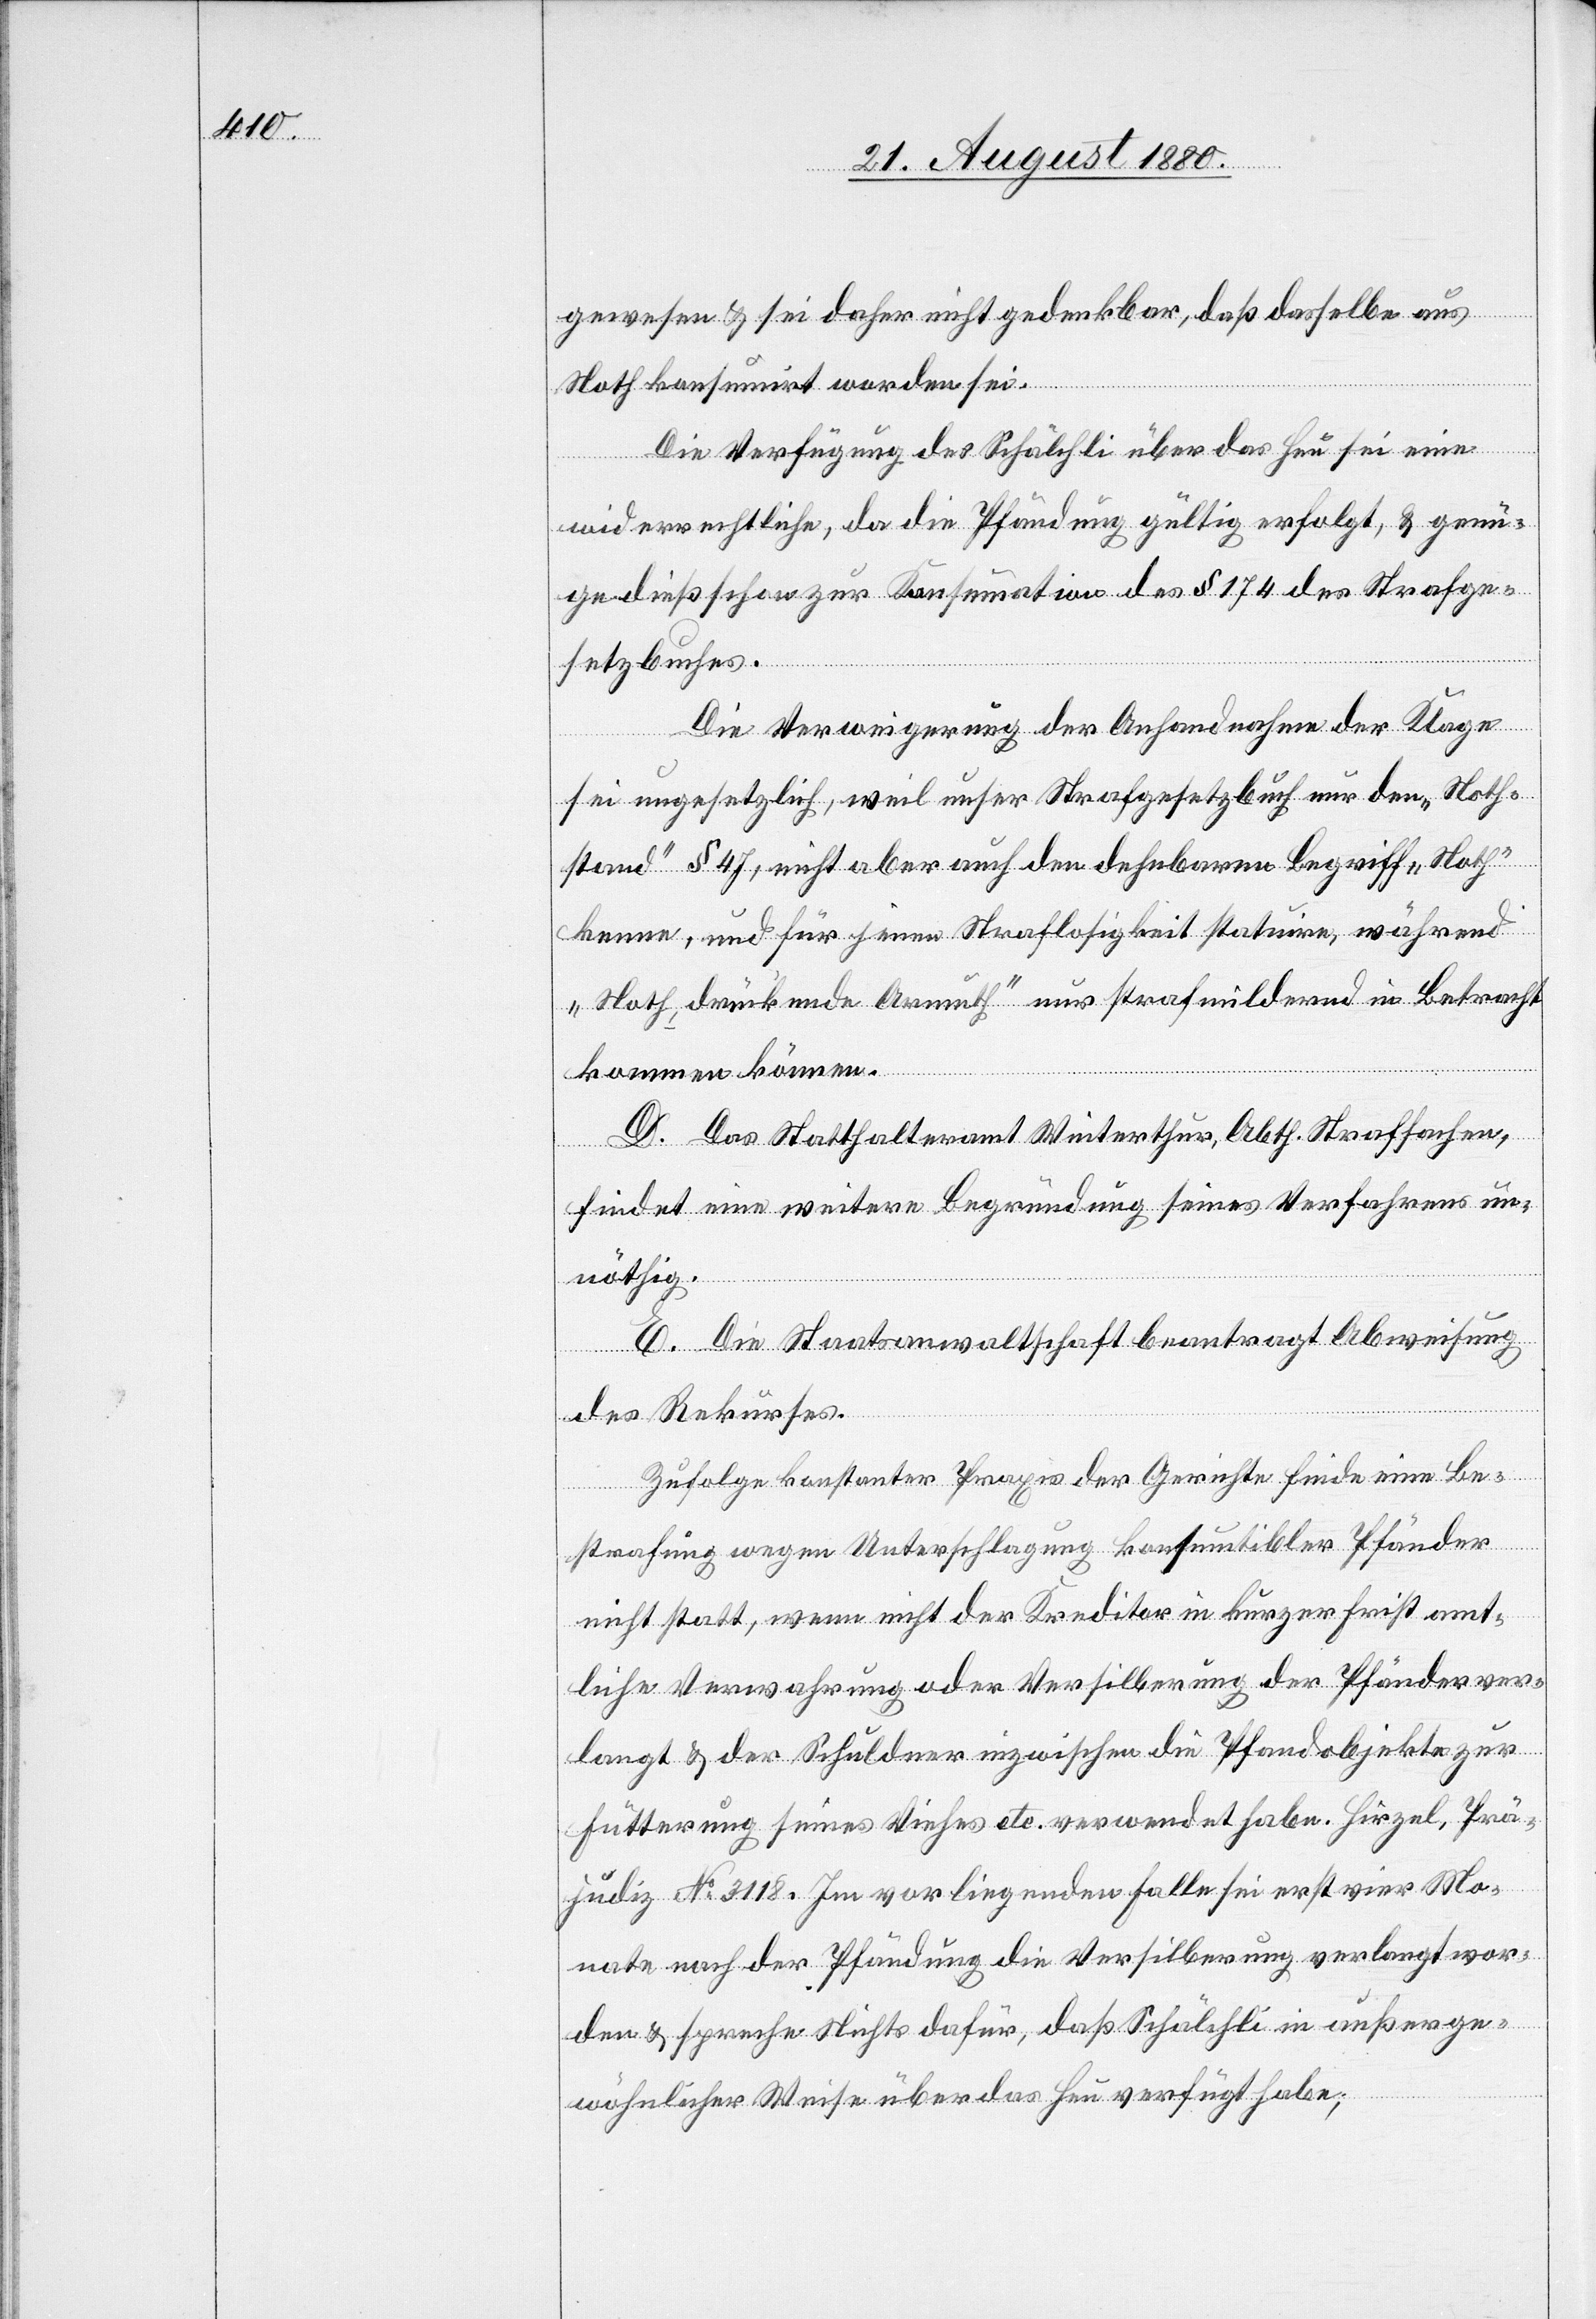
gewesen & sei daher nicht gedenkbar, daß dasselbe aus
Noth konsumiert worden sei.
Die Verfügungen des Schälchli über das Heu sei eine
widerrechtliche, da die Pfändung gültig erfolgt, & genü¬
ge dieß schon zur Konsumation des § 174 des Strafge¬
setzbuches.
Die Verweigerung der Anhandnahme der Klage
sei ungesetzlich, weil unser Strafgesetzbuch nur den „Noth¬
stand“ § 47, nicht aber auch den dehnbaren Begriff „Noth“
kennen, und für jenen Straflosigkeit statuire, während
„Noth, drückende Armuth“ nur strafmildernd in Betracht
kommen können.
D. Das Statthalteramt Winterthur, Abth. Strafsachen,
findet eine weitere Begründung seines Verfahrens un¬
nöthig.
E. Die Staatsanwaltschaft beantragt Abweisung
des Rekurses.
Zufolge konstanter Praxis der Gerichte finde eine Be¬
strafung wegen Unterschlagung konsumtibler Pfänder
nicht statt, wenn nicht der Kreditor in kurzer Frist amt¬
liche Verwahrung oder Versilberung der Pfänder ver¬
langt & der Schuldner inzwischen die Pfandobjekte zur
Fütterung seines Viehes etc. verwendet habe. Hirzel, Prä¬
judiz No 3118. Im vorliegenden Falle sei erst vier Mo¬
nate nach der Pfändung die Versilberung verlangt wor¬
den & spreche Nichts dafür, daß Schälchli in außerge¬
wöhnlicher Weise über das Heu verfügt habe;